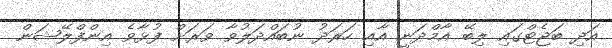
އަދި ބަޖެޓްގައި ލިބޭ އާމްދަނީ އާއި ހަރަދު ނުބައްދަލުވާ ވަރަށް ފުޅާވެ އިންފްލޭޝަން